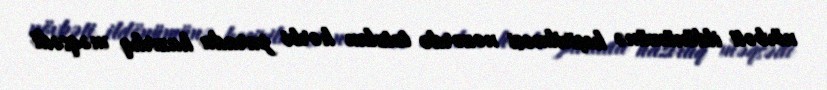
növbəti ildönümünə keçirilməsi nəzərdə tutulan hərbi parada hazırlıq məqsədi